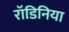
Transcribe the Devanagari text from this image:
रॉडिनिया